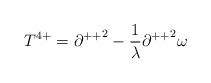
LaTeX: \begin{align*}T^{4+} = {\partial ^{++}}^{2}-\frac{1}{\lambda}{\partial ^{++}}^{2}\omega\end{align*}